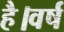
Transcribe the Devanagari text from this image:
है।वर्ष